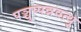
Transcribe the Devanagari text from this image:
पञ्चुप्पन्नवत्थु